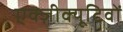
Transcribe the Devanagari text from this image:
एक्ज़ीक्यूटिवों